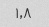
۱٫۸